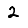
Digit: 2